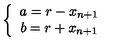
\left\{ \begin{array} { c } { a = r - x _ { n + 1 } } \\ { b = r + x _ { n + 1 } } \\ \end{array} \right.